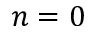
n = 0